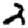
Digit: 2